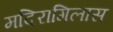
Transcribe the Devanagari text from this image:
मदिरागिलास